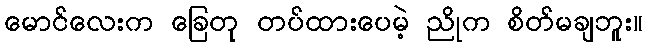
မောင်လေးက ခြေတု တပ်ထားပေမဲ့ ညိုက စိတ်မချဘူး။